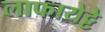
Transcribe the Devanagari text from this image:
लाफायेट्टे